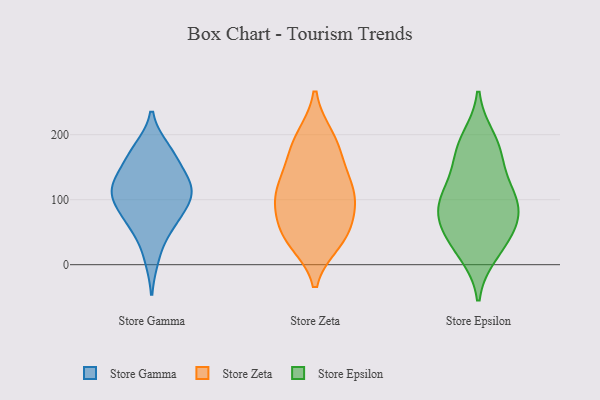
{"axis": {"x": "Market Share (%)", "y": "Value"}, "legend": ["Store Epsilon", "Store Gamma", "Store Zeta"], "data": [{"x": "", "y": 64, "type": "Store Gamma"}, {"x": "", "y": 140, "type": "Store Gamma"}, {"x": "", "y": 99, "type": "Store Gamma"}, {"x": "", "y": 177, "type": "Store Gamma"}, {"x": "", "y": 173, "type": "Store Gamma"}, {"x": "", "y": 164, "type": "Store Gamma"}, {"x": "", "y": 121, "type": "Store Gamma"}, {"x": "", "y": 112, "type": "Store Gamma"}, {"x": "", "y": 12, "type": "Store Gamma"}, {"x": "", "y": 65, "type": "Store Gamma"}, {"x": "", "y": 119, "type": "Store Gamma"}, {"x": "", "y": 68, "type": "Store Gamma"}, {"x": "", "y": 116, "type": "Store Gamma"}, {"x": "", "y": 105, "type": "Store Gamma"}, {"x": "", "y": 192, "type": "Store Zeta"}, {"x": "", "y": 145, "type": "Store Zeta"}, {"x": "", "y": 46, "type": "Store Zeta"}, {"x": "", "y": 36, "type": "Store Zeta"}, {"x": "", "y": 124, "type": "Store Zeta"}, {"x": "", "y": 49, "type": "Store Zeta"}, {"x": "", "y": 99, "type": "Store Zeta"}, {"x": "", "y": 45, "type": "Store Zeta"}, {"x": "", "y": 92, "type": "Store Zeta"}, {"x": "", "y": 103, "type": "Store Zeta"}, {"x": "", "y": 168, "type": "Store Zeta"}, {"x": "", "y": 196, "type": "Store Zeta"}, {"x": "", "y": 106, "type": "Store Zeta"}, {"x": "", "y": 174, "type": "Store Epsilon"}, {"x": "", "y": 169, "type": "Store Epsilon"}, {"x": "", "y": 33, "type": "Store Epsilon"}, {"x": "", "y": 46, "type": "Store Epsilon"}, {"x": "", "y": 122, "type": "Store Epsilon"}, {"x": "", "y": 90, "type": "Store Epsilon"}, {"x": "", "y": 77, "type": "Store Epsilon"}, {"x": "", "y": 193, "type": "Store Epsilon"}, {"x": "", "y": 18, "type": "Store Epsilon"}, {"x": "", "y": 94, "type": "Store Epsilon"}, {"x": "", "y": 69, "type": "Store Epsilon"}, {"x": "", "y": 110, "type": "Store Epsilon"}]}